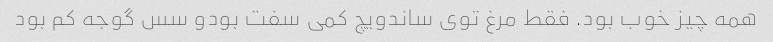
همه چیز خوب بود. فقط مرغ توی ساندویچ کمی سفت بود‌و سس گوجه کم بود